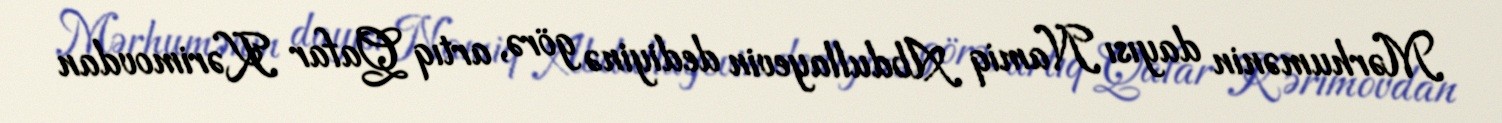
Mərhumənin dayısı Namiq Abdullayevin dediyinə görə, artıq Qafar Kərimovdan